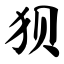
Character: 狈